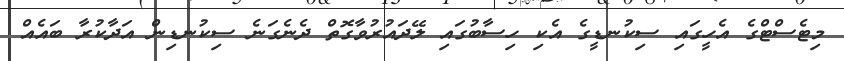
މިޓެސްޓްގެ އެހީގައި ސިކުނޑީގެ އެކި ހިސާބުގައި ލޭދައުރުވާގޮތް ދެނެގަނެ ސިކުނޑިން އަދާކުރާ ބައެއް